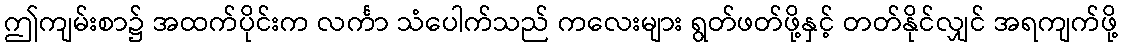
ဤကျမ်းစာ၌ အထက်ပိုင်းက လင်္ကာ သံပေါက်သည် ကလေးများ ရွတ်ဖတ်ဖို့နှင့် တတ်နိုင်လျှင် အရကျက်ဖို့